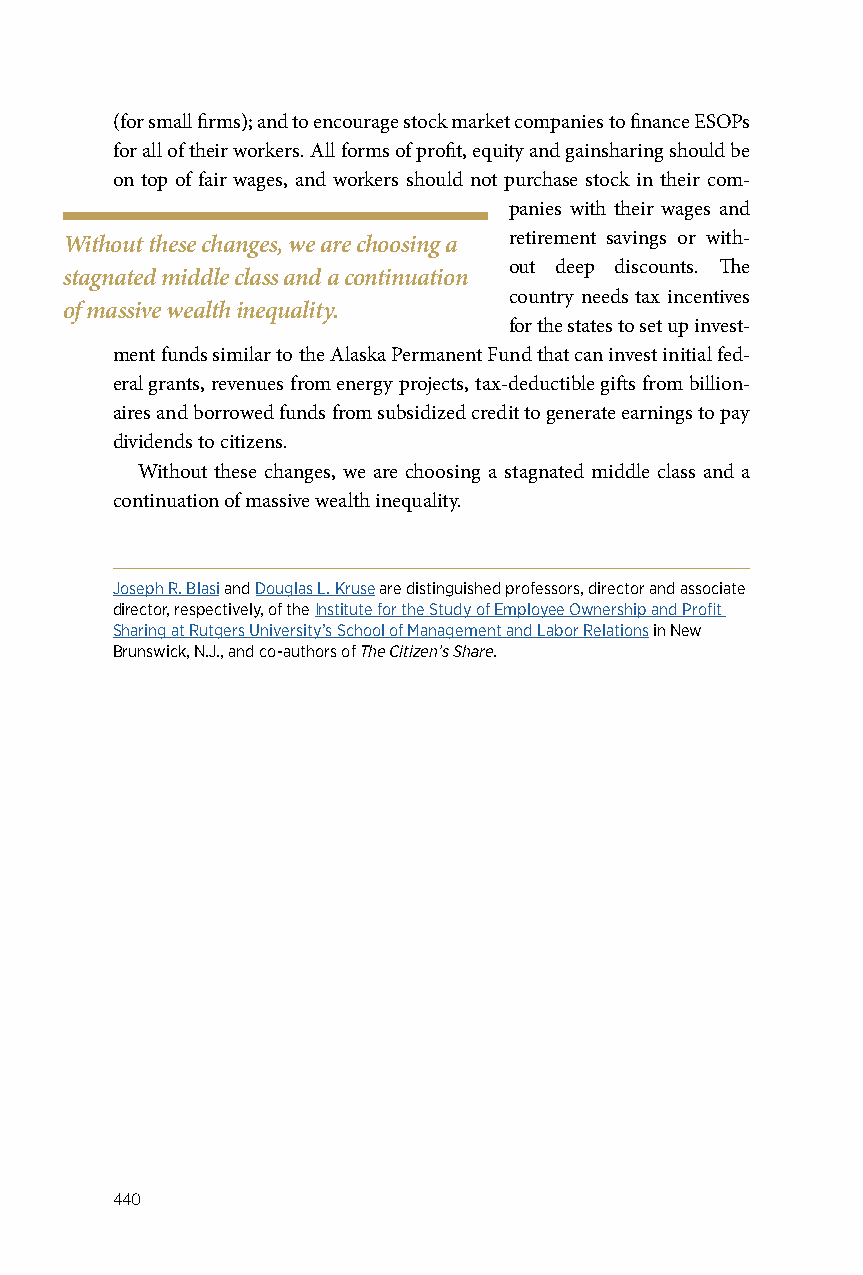
(for small firms); and to encourage stock market companies to finance ESOPs
 for all of their workers. All forms of profit, equity and gainsharing should be
 on top of fair wages, and workers should not purchase stock in their com-
 panies with their wages and
 Without these changes, we are choosing a retirement savings or with-
 out deep discounts. The
 stagnated middle class and a continuation
 country needs tax incentives
 of massive wealth inequality.
 for the states to set up invest-
 ment funds similar to the Alaska Permanent Fund that can invest initial fed-
 eral grants, revenues from energy projects, tax-deductible gifts from billion-
 aires and borrowed funds from subsidized credit to generate earnings to pay
 dividends to citizens.
 Without these changes, we are choosing a stagnated middle class and a
 continuation of massive wealth inequality.
 Joseph R. Blasi and Douglas L. Kruse are distinguished professors, director and associate
 director, respectively, of the Institute for the Study of Employee Ownership and Profit
 Sharing at Rutgers University’s School of Management and Labor Relations in New
 Brunswick, N.J., and co-authors of The Citizen’s Share.
 440